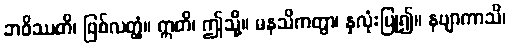
ဘဝိဿတိ၊ ဖြစ်လတ္တံ့။ ဣတိ၊ ဤသို့။ မနသိကတွာ၊ နှလုံးပြု၍။ နဗျာကာသိ၊